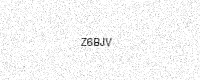
Text: Z6BJV